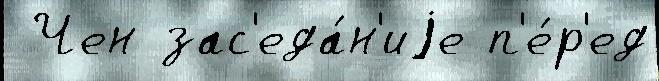
 Чен зас'еда́н'иjе п'е́р'ед